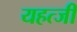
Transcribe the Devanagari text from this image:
यहत्जी